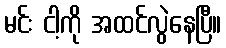
မင်း ငါ့ကို အထင်လွဲနေပြီ။